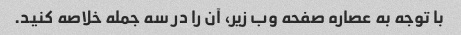
با توجه به عصاره صفحه وب زیر، آن را در سه جمله خلاصه کنید.